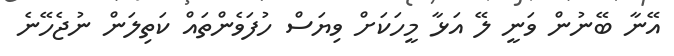
އޭނާ ބޭނުން ވަނީ ލޭ އަޅާ މީހަކަށް ވިޔަސް ހުފަވެންތައް ކަތިލަން ނުޖެހޭނެ